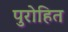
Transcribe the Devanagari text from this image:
पुरोहित